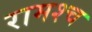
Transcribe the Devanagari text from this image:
रामश्च